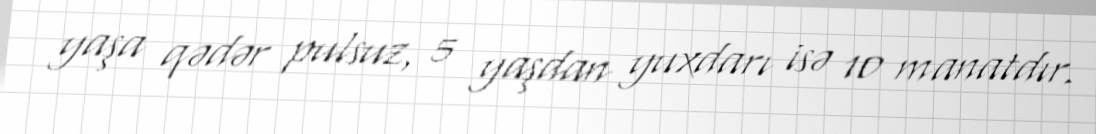
yaşa qədər pulsuz, 5 yaşdan yuxdarı isə 10 manatdır.